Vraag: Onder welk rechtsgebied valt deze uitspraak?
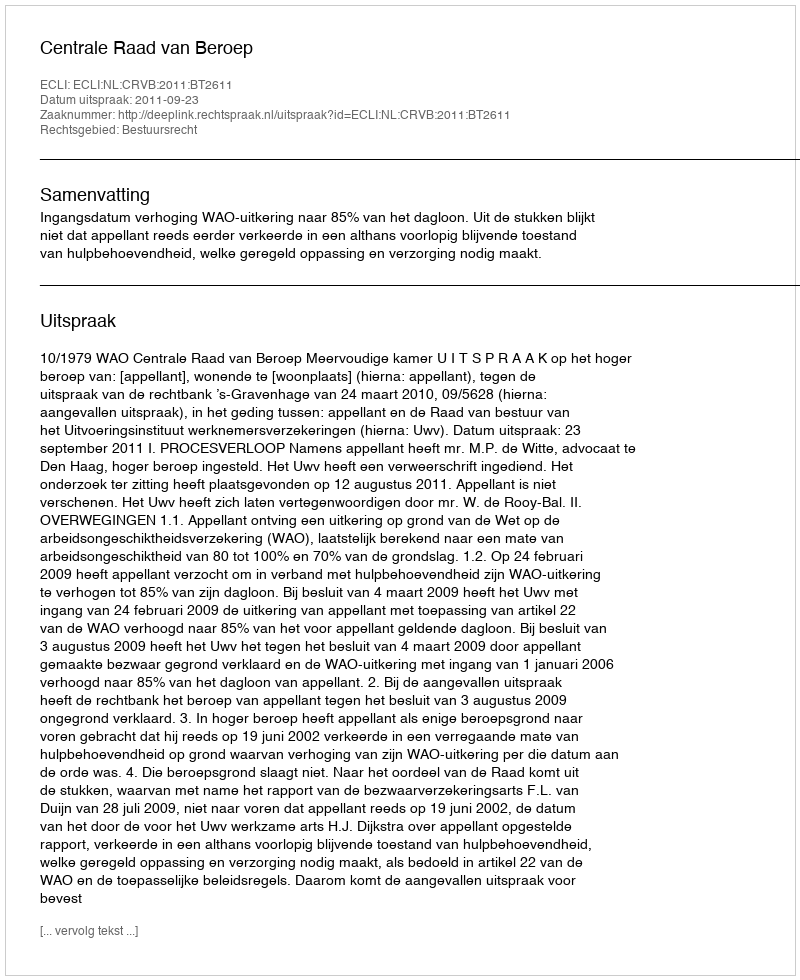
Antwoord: Bestuursrecht